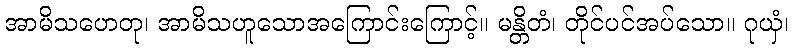
အာမိသဟေတု၊ အာမိသဟူသောအကြောင်းကြောင့်။ မန္တိတံ၊ တိုင်ပင်အပ်သော။ ဂုယှံ၊